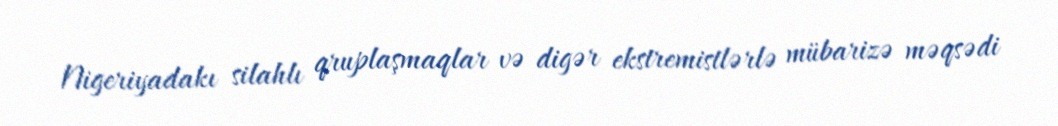
Nigeriyadakı silahlı qruplaşmaqlar və digər ekstremistlərlə mübarizə məqsədi